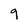
Character: 9